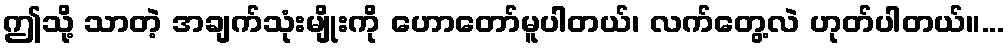
ဤသို့ သာတဲ့ အချက်သုံးမျိုးကို ဟောတော်မူပါတယ်၊ လက်တွေ့လဲ ဟုတ်ပါတယ်။...